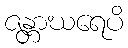
ဇန္တာဃရေပိ